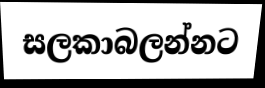
සලකාබලන්නට